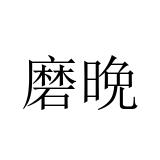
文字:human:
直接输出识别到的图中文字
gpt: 磨晩